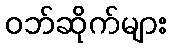
ဝဘ်ဆိုက်များ